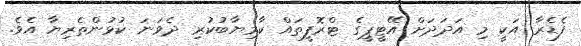
ފެޑެރާ އަކީ މި އަދަދަށް އޭޓީޕީގެ ޓްރޮފީތައް ކާމިޔާބުކުރި ދެވަނަ ކުޅުންތެރިޔާ އެވެ.